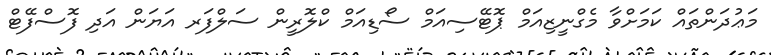
މަޢުދަންތައް ކަމަށްވާ މެގްނީޒިއަމް ޕޮޓޭސިއަމް ސޯޑިއަމް ކްލޮރީން ސަލްފަރ އަޔަން އަދި ފޮސްފޭޓް